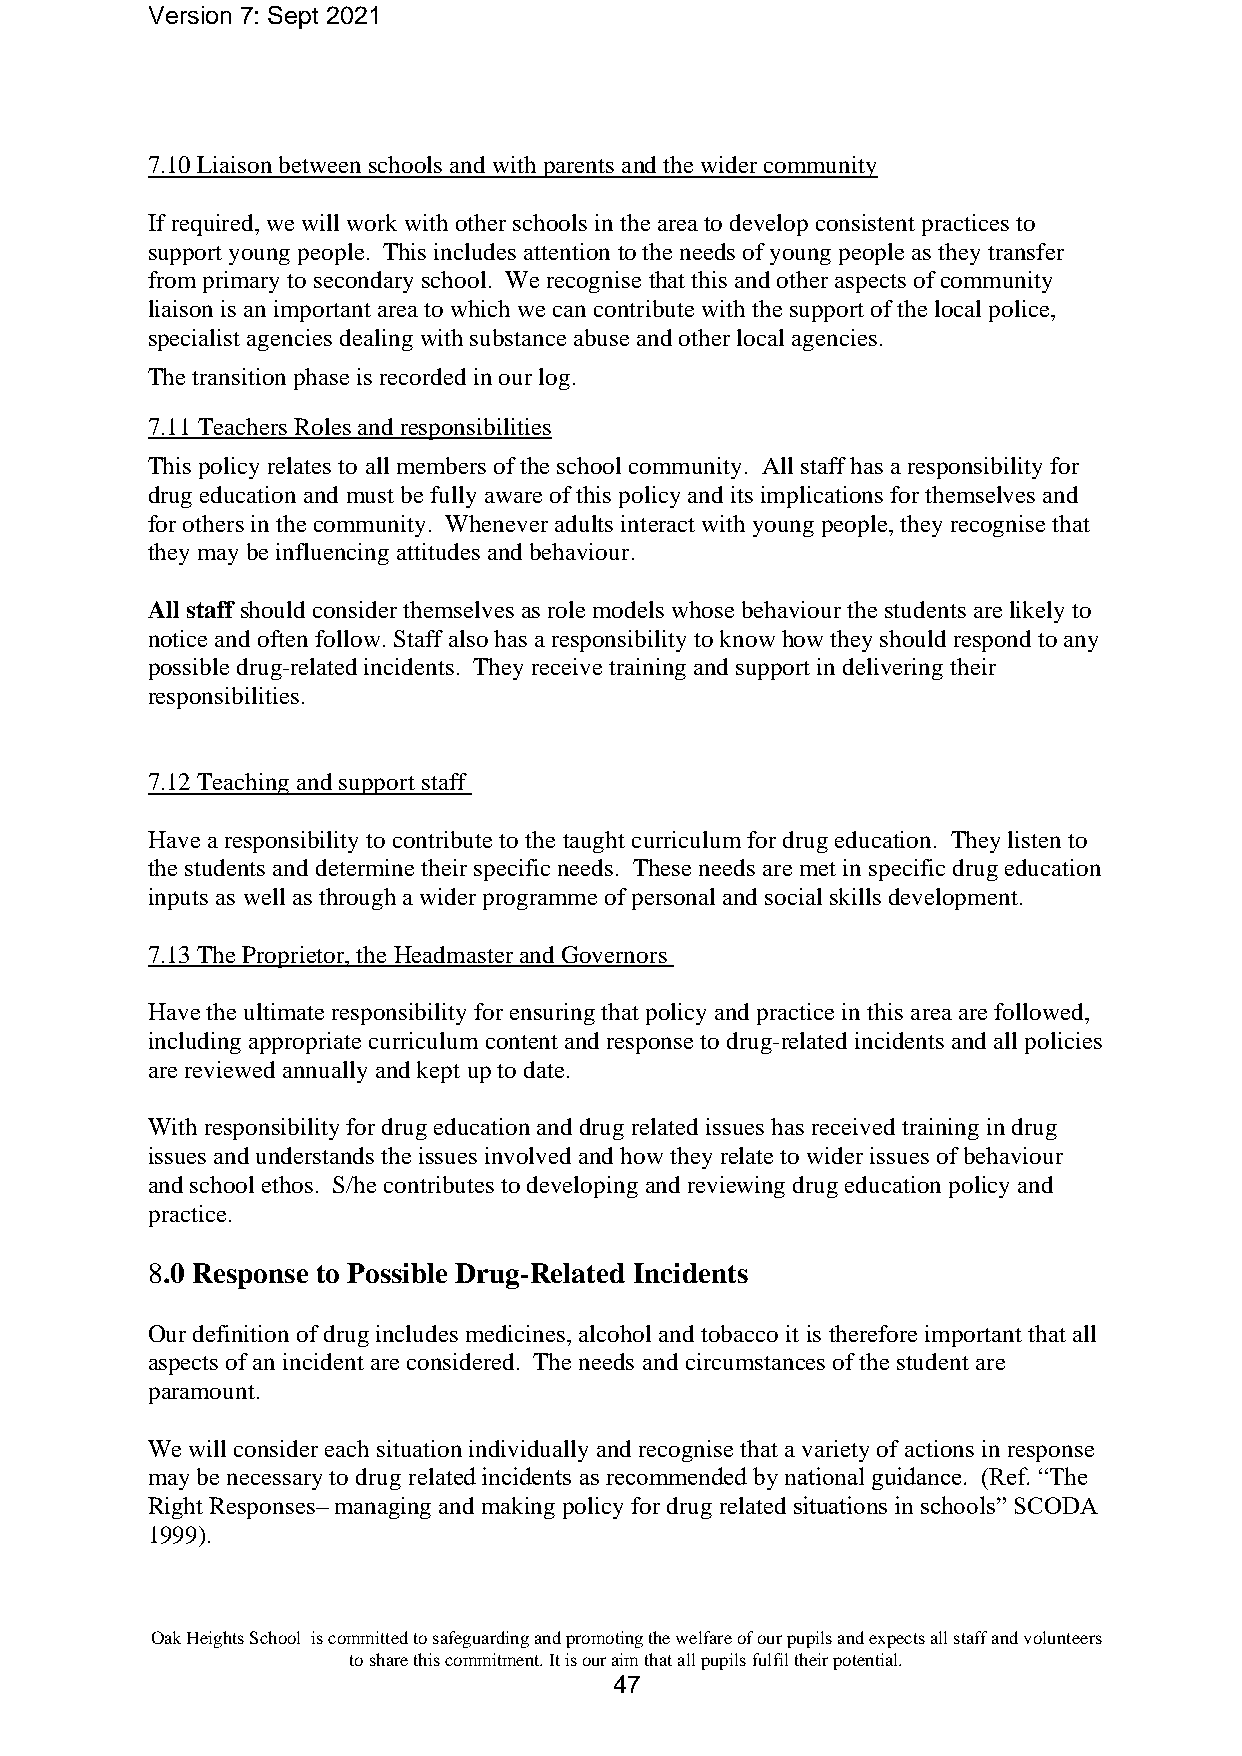
Version 7: Sept 2021
 7.10 Liaison between schools and with parents and the wider community
 If required, we will work with other schools in the area to develop consistent practices to
 support young people. This includes attention to the needs of young people as they transfer
 from primary to secondary school. We recognise that this and other aspects of community
 liaison is an important area to which we can contribute with the support of the local police,
 specialist agencies dealing with substance abuse and other local agencies.
 The transition phase is recorded in our log.
 7.11 Teachers Roles and responsibilities
 This policy relates to all members of the school community. All staff has a responsibility for
 drug education and must be fully aware of this policy and its implications for themselves and
 for others in the community. Whenever adults interact with young people, they recognise that
 they may be influencing attitudes and behaviour.
 All staff should consider themselves as role models whose behaviour the students are likely to
 notice and often follow. Staff also has a responsibility to know how they should respond to any
 possible drug-related incidents. They receive training and support in delivering their
 responsibilities.
 7.12 Teaching and support staff
 Have a responsibility to contribute to the taught curriculum for drug education. They listen to
 the students and determine their specific needs. These needs are met in specific drug education
 inputs as well as through a wider programme of personal and social skills development.
 7.13 The Proprietor, the Headmaster and Governors
 Have the ultimate responsibility for ensuring that policy and practice in this area are followed,
 including appropriate curriculum content and response to drug-related incidents and all policies
 are reviewed annually and kept up to date.
 With responsibility for drug education and drug related issues has received training in drug
 issues and understands the issues involved and how they relate to wider issues of behaviour
 and school ethos. S/he contributes to developing and reviewing drug education policy and
 practice.
 8.0 Response to Possible Drug-Related Incidents
 Our definition of drug includes medicines, alcohol and tobacco it is therefore important that all
 aspects of an incident are considered. The needs and circumstances of the student are
 paramount.
 We will consider each situation individually and recognise that a variety of actions in response
 may be necessary to drug related incidents as recommended by national guidance. (Ref. “The
 Right Responses– managing and making policy for drug related situations in schools” SCODA
 1999).
 Oak Heights School is committed to safeguarding and promoting the welfare of our pupils and expects all staff and volunteers
 to share this commitment. It is our aim that all pupils fulfil their potential.
 47